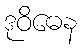
ဒုဝိဓေန